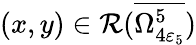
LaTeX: (x,y)\in\mathcal{R}(\overline{{\Omega_{4\varepsilon_{5}}^{5}}})